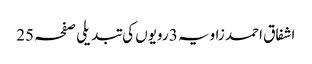
اشفاق احمد زاویہ 3 رویوں کی تبدیلی صفحہ 25